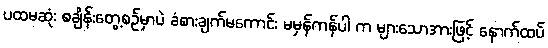
ပထမဆုံး စချိန်းတွေ့စဉ်မှာပဲ ခံစားချက်မကောင်း မမှန်ကန်ပါ က များသောအားဖြင့် နောက်ထပ်